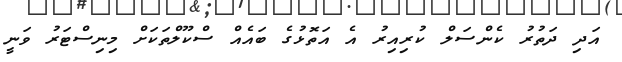
އަދި ދަތުރު ކެންސަލް ކުރިއިރު އެ އަތޮޅުގެ ބައެއް ސްކޫލްތަކަށް މިނިސްޓަރު ވަނީ